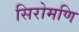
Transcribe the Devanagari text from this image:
सिरोमणि